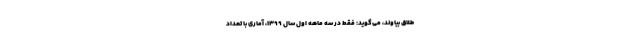
طلاق بیاوند، می‌گوید: فقط در سه ماهه اول سال ۱۳۹۹، آماری با تعداد